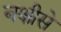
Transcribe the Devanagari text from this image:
बक्षीसे